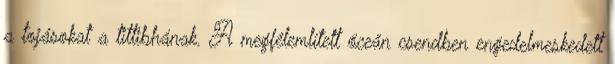
a tojásokat a tittibhának. A megfélemlített óceán csendben engedelmeskedett